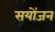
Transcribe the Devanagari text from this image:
सयोंजन